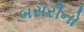
બસરીનો